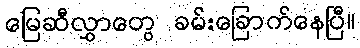
မြေဆီလွှာတွေ ခမ်းခြောက်နေပြီ။